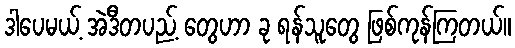
ဒါပေမယ့် အဲဒီတပည့် တွေဟာ ခု ရန်သူတွေ ဖြစ်ကုန်ကြတယ်။